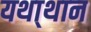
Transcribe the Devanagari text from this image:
यथा्थान